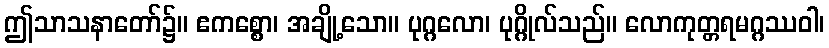
ဤသာသနာတော်၌။ ဧကစ္စော၊ အချို့သော။ ပုဂ္ဂလော၊ ပုဂ္ဂိုလ်သည်။ လောကုတ္တရမဂ္ဂဿဝါ၊